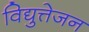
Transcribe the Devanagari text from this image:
विद्युत्तेजन